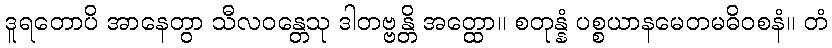
ဒူရတောပိ အာနေတွာ သီလဝန္တေသု ဒါတဗ္ဗန္တိ အတ္ထော။ စတုန္နံ ပစ္စယာနမေတမဓိဝစနံ။ တံ